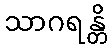
သာဂရန္တိ